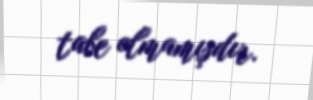
tabe olmamışdır.